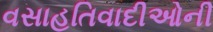
વસાહતિવાદીઓની